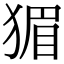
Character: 猸